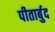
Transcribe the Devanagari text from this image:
पीतार्बुद